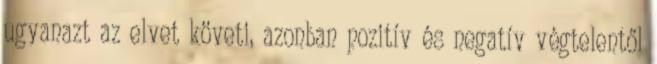
ugyanazt az elvet követi, azonban pozitív és negatív végtelentől